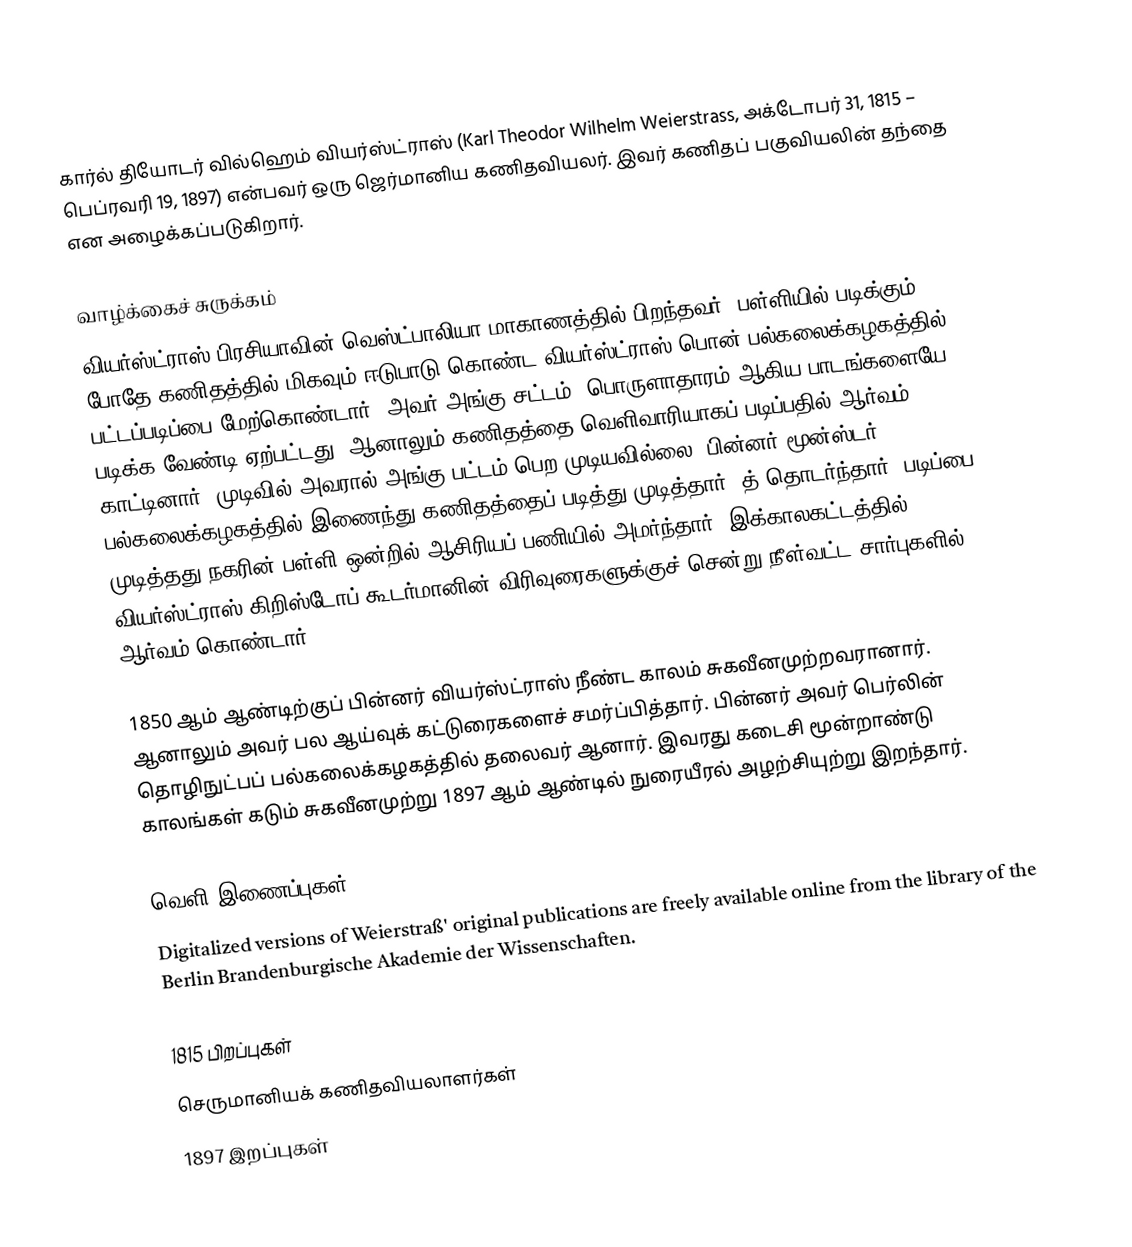
கார்ல் தியோடர் வில்ஹெம் வியர்ஸ்ட்ராஸ் (Karl Theodor Wilhelm Weierstrass, அக்டோபர் 31, 1815 – பெப்ரவரி 19, 1897) என்பவர் ஒரு ஜெர்மானிய கணிதவியலர். இவர் கணிதப் பகுவியலின் தந்தை என அழைக்கப்படுகிறார்.

வாழ்க்கைச் சுருக்கம்
வியர்ஸ்ட்ராஸ் பிரசியாவின் வெஸ்ட்பாலியா மாகாணத்தில் பிறந்தவர். பள்ளியில் படிக்கும் போதே கணிதத்தில் மிகவும் ஈடுபாடு கொண்ட வியர்ஸ்ட்ராஸ் பொன் பல்கலைக்கழகத்தில் பட்டப்படிப்பை மேற்கொண்டார். அவர் அங்கு சட்டம், பொருளாதாரம் ஆகிய பாடங்களையே படிக்க வேண்டி ஏற்பட்டது. ஆனாலும் கணிதத்தை வெளிவாரியாகப் படிப்பதில் ஆர்வம் காட்டினார். முடிவில் அவரால் அங்கு பட்டம் பெற முடியவில்லை. பின்னர் மூன்ஸ்டர் பல்கலைக்கழகத்தில் இணைந்து கணிதத்தைப் படித்து முடித்தார். த் தொடர்ந்தார். படிப்பை முடித்தது நகரின் பள்ளி ஒன்றில் ஆசிரியப் பணியில் அமர்ந்தார். இக்காலகட்டத்தில் வியர்ஸ்ட்ராஸ் கிறிஸ்டோப் கூடர்மானின் விரிவுரைகளுக்குச் சென்று நீள்வட்ட சார்புகளில் ஆர்வம் கொண்டார்.

1850 ஆம் ஆண்டிற்குப் பின்னர் வியர்ஸ்ட்ராஸ் நீண்ட காலம் சுகவீனமுற்றவரானார். ஆனாலும் அவர் பல ஆய்வுக் கட்டுரைகளைச் சமர்ப்பித்தார். பின்னர் அவர் பெர்லின் தொழிநுட்பப் பல்கலைக்கழகத்தில் தலைவர் ஆனார். இவரது கடைசி மூன்றாண்டு காலங்கள் கடும் சுகவீனமுற்று 1897 ஆம் ஆண்டில் நுரையீரல் அழற்சியுற்று இறந்தார்.

வெளி இணைப்புகள்
 Digitalized versions of Weierstraß' original publications are freely available online from the library of the Berlin Brandenburgische Akademie der Wissenschaften.

1815 பிறப்புகள்
செருமானியக் கணிதவியலாளர்கள்
1897 இறப்புகள்